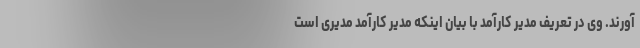
آورند. وی در تعریف مدیر کارآمد با بیان اینکه مدیر کارآمد مدیری است